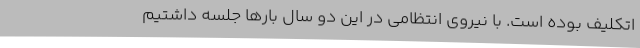
اتکلیف بوده است. با نیروی انتظامی در این دو سال بارها جلسه داشتیم